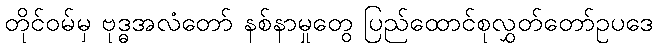
တိုင်ဝမ်မှ ဗုဒ္ဓအလံတော် နစ်နာမှုတွေ ပြည်ထောင်စုလွှတ်တော်ဥပဒေ